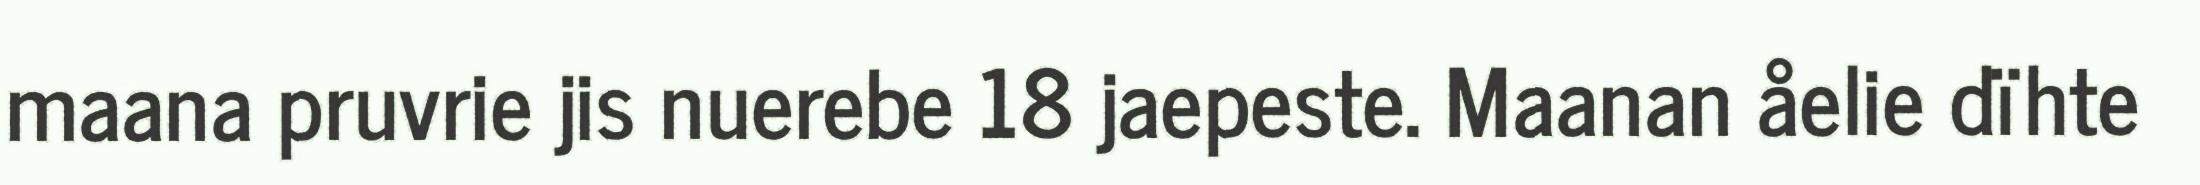
maana pruvrie jis nuerebe 18 jaepeste. Maanan åelie dïhte